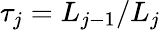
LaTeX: \tau_{j}=L_{j-1}/L_{j}